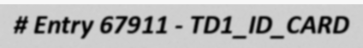
# Entry 67911 - TD1_ID_CARD